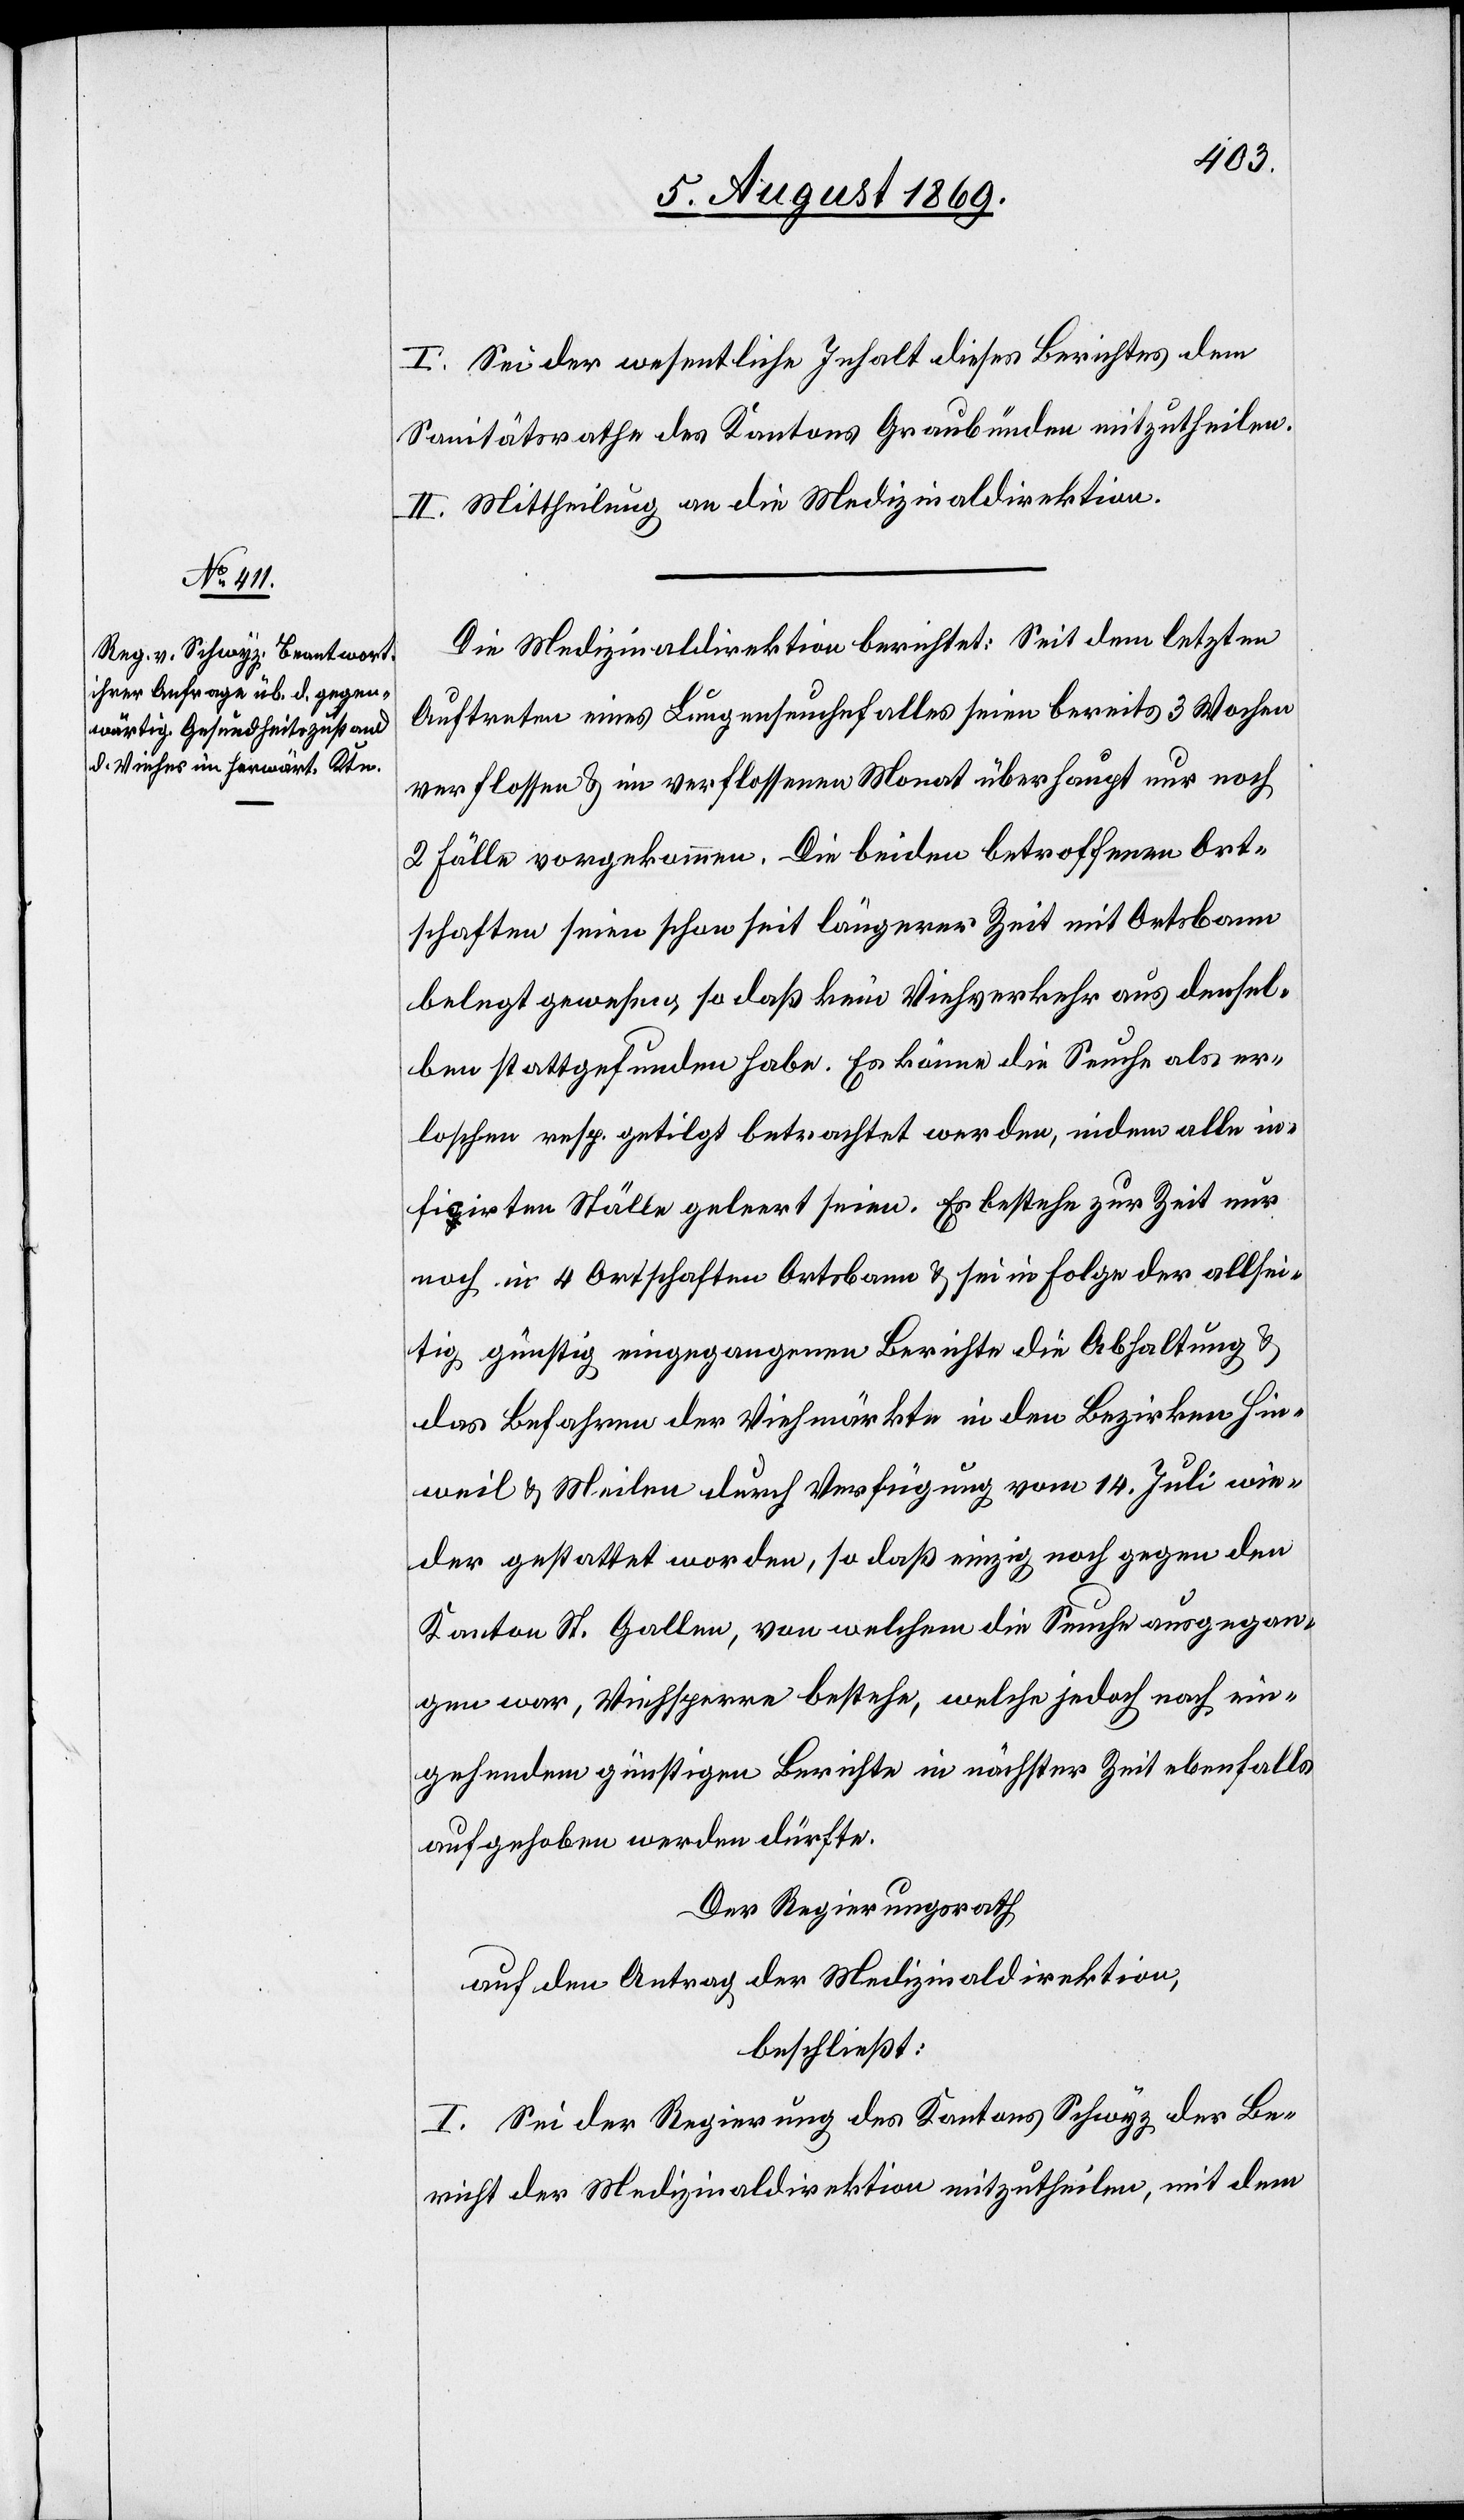
I. Sei der wesentliche Inhalt dieses Berichtes dem
Sanitätsrathe des Kantons Graubünden mitzutheilen.
II. Mittheilung an die Medizinaldirektion.
Die Medizinaldirektion berichtet: Seit dem letzten
Auftreten eines Lungenseuchefalles seien bereits 3 Wochen
verflossen & im verflossenen Monat überhaupt nur noch
2 Fälle vorgekommen. Die beiden betroffenen Ort¬
schaften seien schon seit längerer Zeit mit Ortsbann
belegt gewesen, so daß kein Viehverkehr aus densel¬
ben stattgefunden habe. Es könne die Seuche als er¬
loschen resp. getilgt betrachtet werden, indem alle in¬
fizirten Ställe geleert seien. Es bestehe zur Zeit n¬
och in 4 Ortschaften Ortsbann & sei in Folge der allsei¬
tig günstig eingegangenen Berichte die Abhaltung &
das Befahren der Viehmärkte in den Bezirken Hin¬
weil & Meilen durch Verfügung vom 14 Juli wie¬
der gestattet worden, so daß einzig noch gegen den
Kanton St. Gallen, von welchem die Seuche ausgegan¬
gen war, Viehsperre bestehe, welche jedoch nach ein¬
gehendem günstigen Berichte in nächster Zeit ebenfalls
aufgehoben werden dürfte.
Der Regierungsrath
auf den Antrag der Medizinaldirektion,
beschließt:
I. Sei der Regierung des Kantons Schwyz der Be¬
richt der Medizinaldirektion mitzutheilen, mit dem